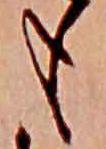
も